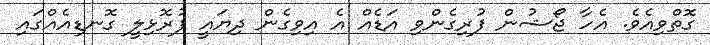
ގޮތްވިއެވެ. އެހާ ޖޯޝުން ފުރިގެންވި އަޑެއް އެ އިވިގެން ދިޔައީ ފުރޮޅިލީ ގޮނޑިއެއްގައި